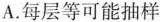
A.每层等可能抽样